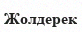
Жолдерек